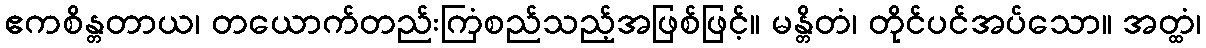
ဧကစိန္တတာယ၊ တယောက်တည်းကြံစည်သည့်အဖြစ်ဖြင့်။ မန္တိတံ၊ တိုင်ပင်အပ်သော။ အတ္ထံ၊